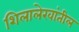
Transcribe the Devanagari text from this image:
शिलालेखांतील